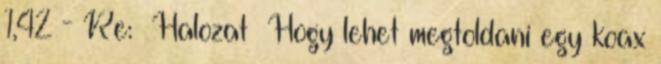
1,42 - Re: Halozat Hogy lehet megtoldani egy koax